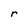
Character: r